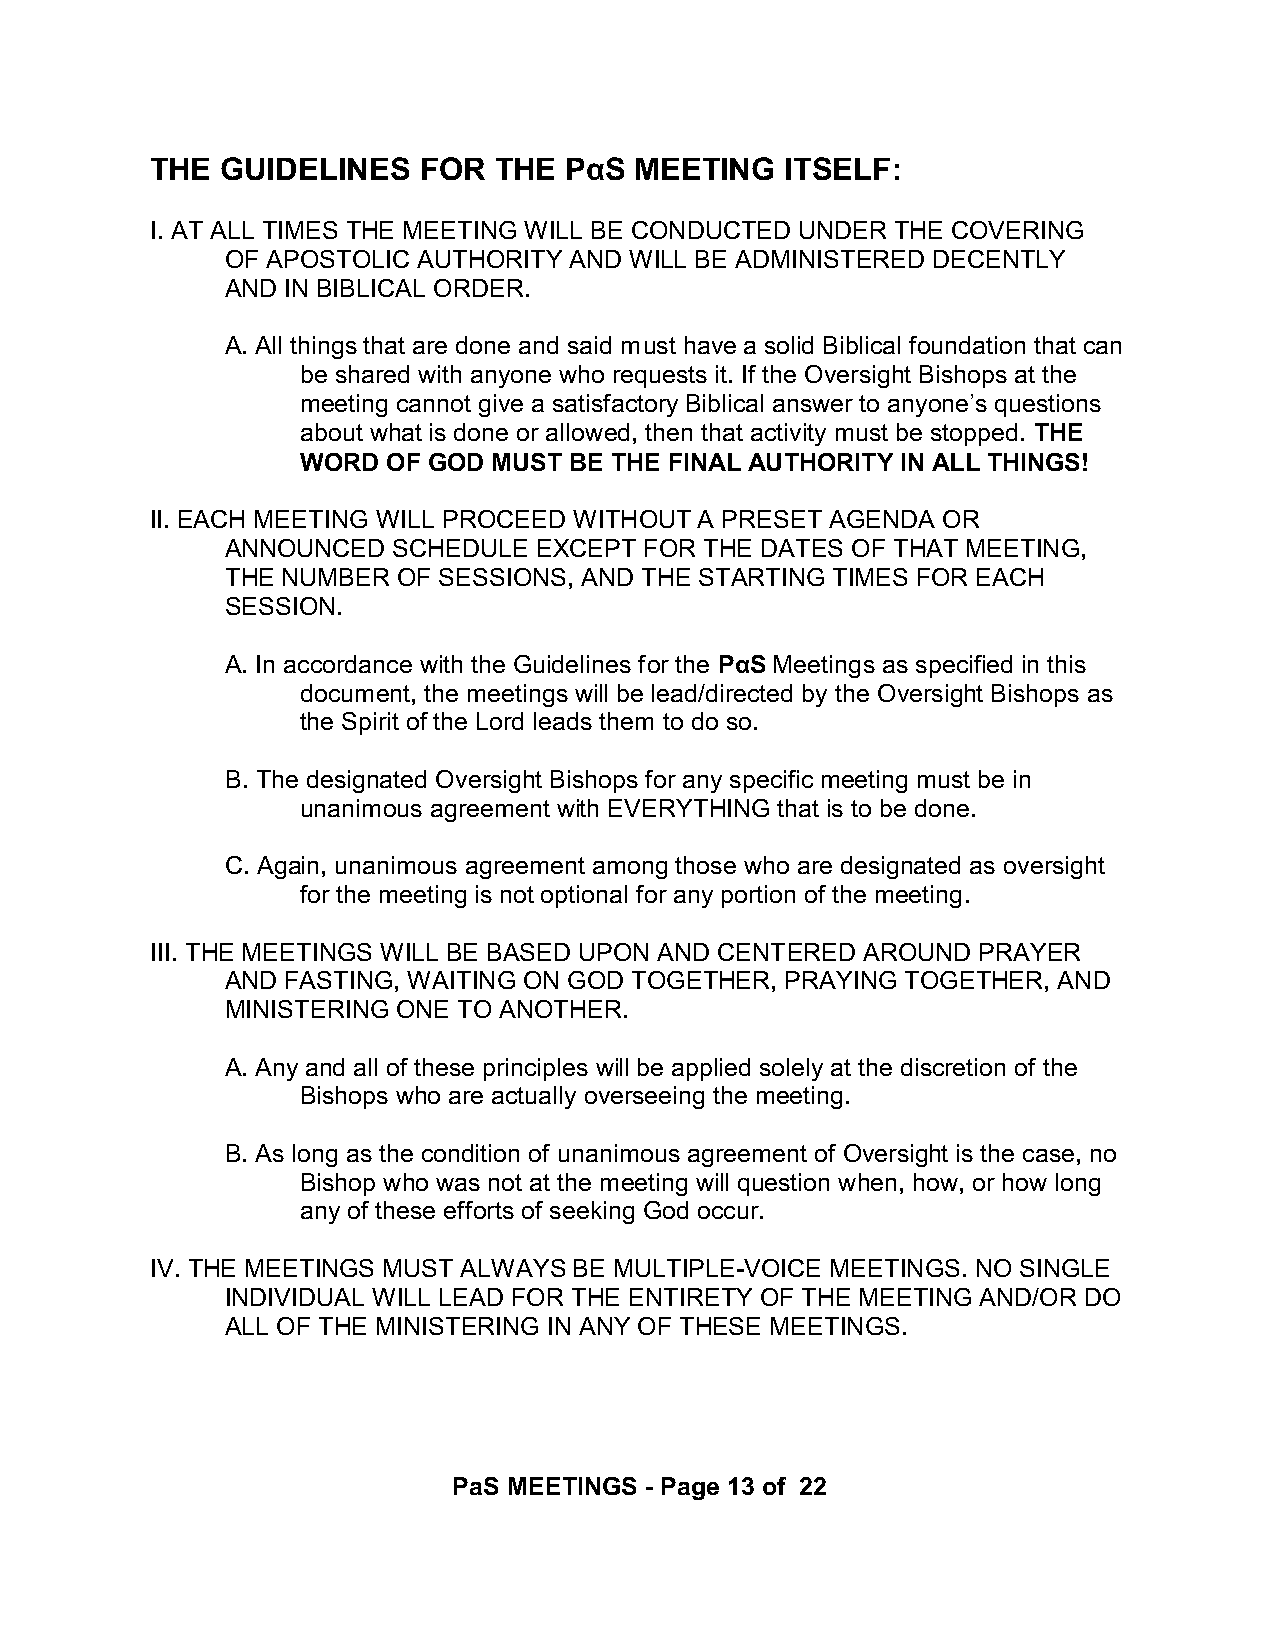
THE  GUIDELINES   FOR  THE PáS  MEETING   ITSELF:
 I. AT ALL TIMES THE MEETING WILL BE CONDUCTED UNDER THE COVERING
 OF APOSTOLIC AUTHORITY AND WILL BE ADMINISTERED DECENTLY
 AND IN BIBLICAL ORDER.
 A. All things that are done and said must have a solid Biblical foundation that can
 be shared with anyone who requests it. If the Oversight Bishops at the
 meeting cannot give a satisfactory Biblical answer to anyone’s questions
 about what is done or allowed, then that activity must be stopped. THE
 WORD  OF GOD MUST BE THE FINAL AUTHORITY IN ALL THINGS!
 II. EACH MEETING WILL PROCEED WITHOUT A PRESET AGENDA OR
 ANNOUNCED  SCHEDULE EXCEPT  FOR THE DATES OF THAT MEETING,
 THE NUMBER OF SESSIONS, AND THE STARTING TIMES FOR EACH
 SESSION.
 A. In accordance with the Guidelines for the PáS Meetings as specified in this
 document, the meetings will be lead/directed by the Oversight Bishops as
 the Spirit of the Lord leads them to do so.
 B. The designated Oversight Bishops for any specific meeting must be in
 unanimous agreement with EVERYTHING that is to be done.
 C. Again, unanimous agreement among those who are designated as oversight
 for the meeting is not optional for any portion of the meeting.
 III. THE MEETINGS WILL BE BASED UPON AND CENTERED AROUND PRAYER
 AND FASTING, WAITING ON GOD TOGETHER, PRAYING TOGETHER, AND
 MINISTERING ONE TO ANOTHER.
 A. Any and all of these principles will be applied solely at the discretion of the
 Bishops who are actually overseeing the meeting.
 B. As long as the condition of unanimous agreement of Oversight is the case, no
 Bishop who was not at the meeting will question when, how, or how long
 any of these efforts of seeking God occur.
 IV. THE MEETINGS MUST ALWAYS BE MULTIPLE-VOICE MEETINGS. NO SINGLE
 INDIVIDUAL WILL LEAD FOR THE ENTIRETY OF THE MEETING AND/OR DO
 ALL OF THE MINISTERING IN ANY OF THESE MEETINGS.
 PaS MEETINGS - Page 13 of 22